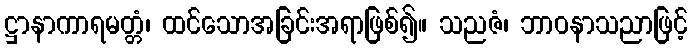
ဋ္ဌာနာကာရမတ္တံ၊ ထင်သောအခြင်းအရာဖြစ်၍။ သညဇံ၊ ဘာဝနာသညာဖြင့်